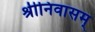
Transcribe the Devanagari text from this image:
श्रीनिवासम्‌